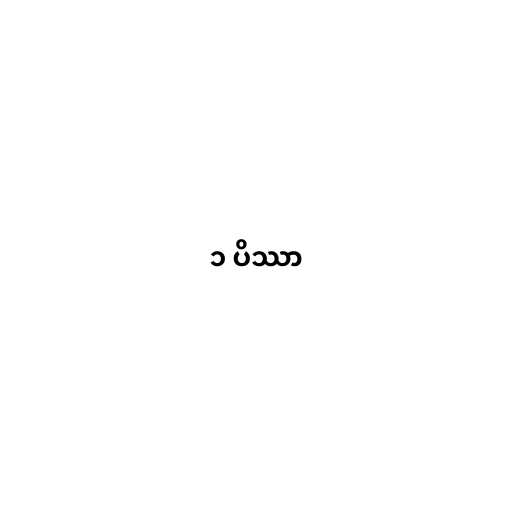
၁ ပိဿာ